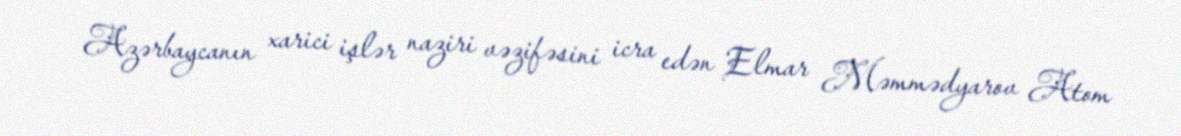
Azərbaycanın xarici işlər naziri vəzifəsini icra edən Elmar Məmmədyarov Atom